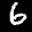
Label: 6